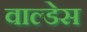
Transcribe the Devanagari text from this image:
वाल्डेस